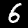
Label: 6